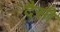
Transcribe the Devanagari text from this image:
दैसी